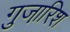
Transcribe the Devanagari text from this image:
गुजा़रिश